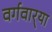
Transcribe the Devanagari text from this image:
वर्गवार्‍या